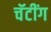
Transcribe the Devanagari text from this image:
चॅटींग